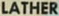
LATHER